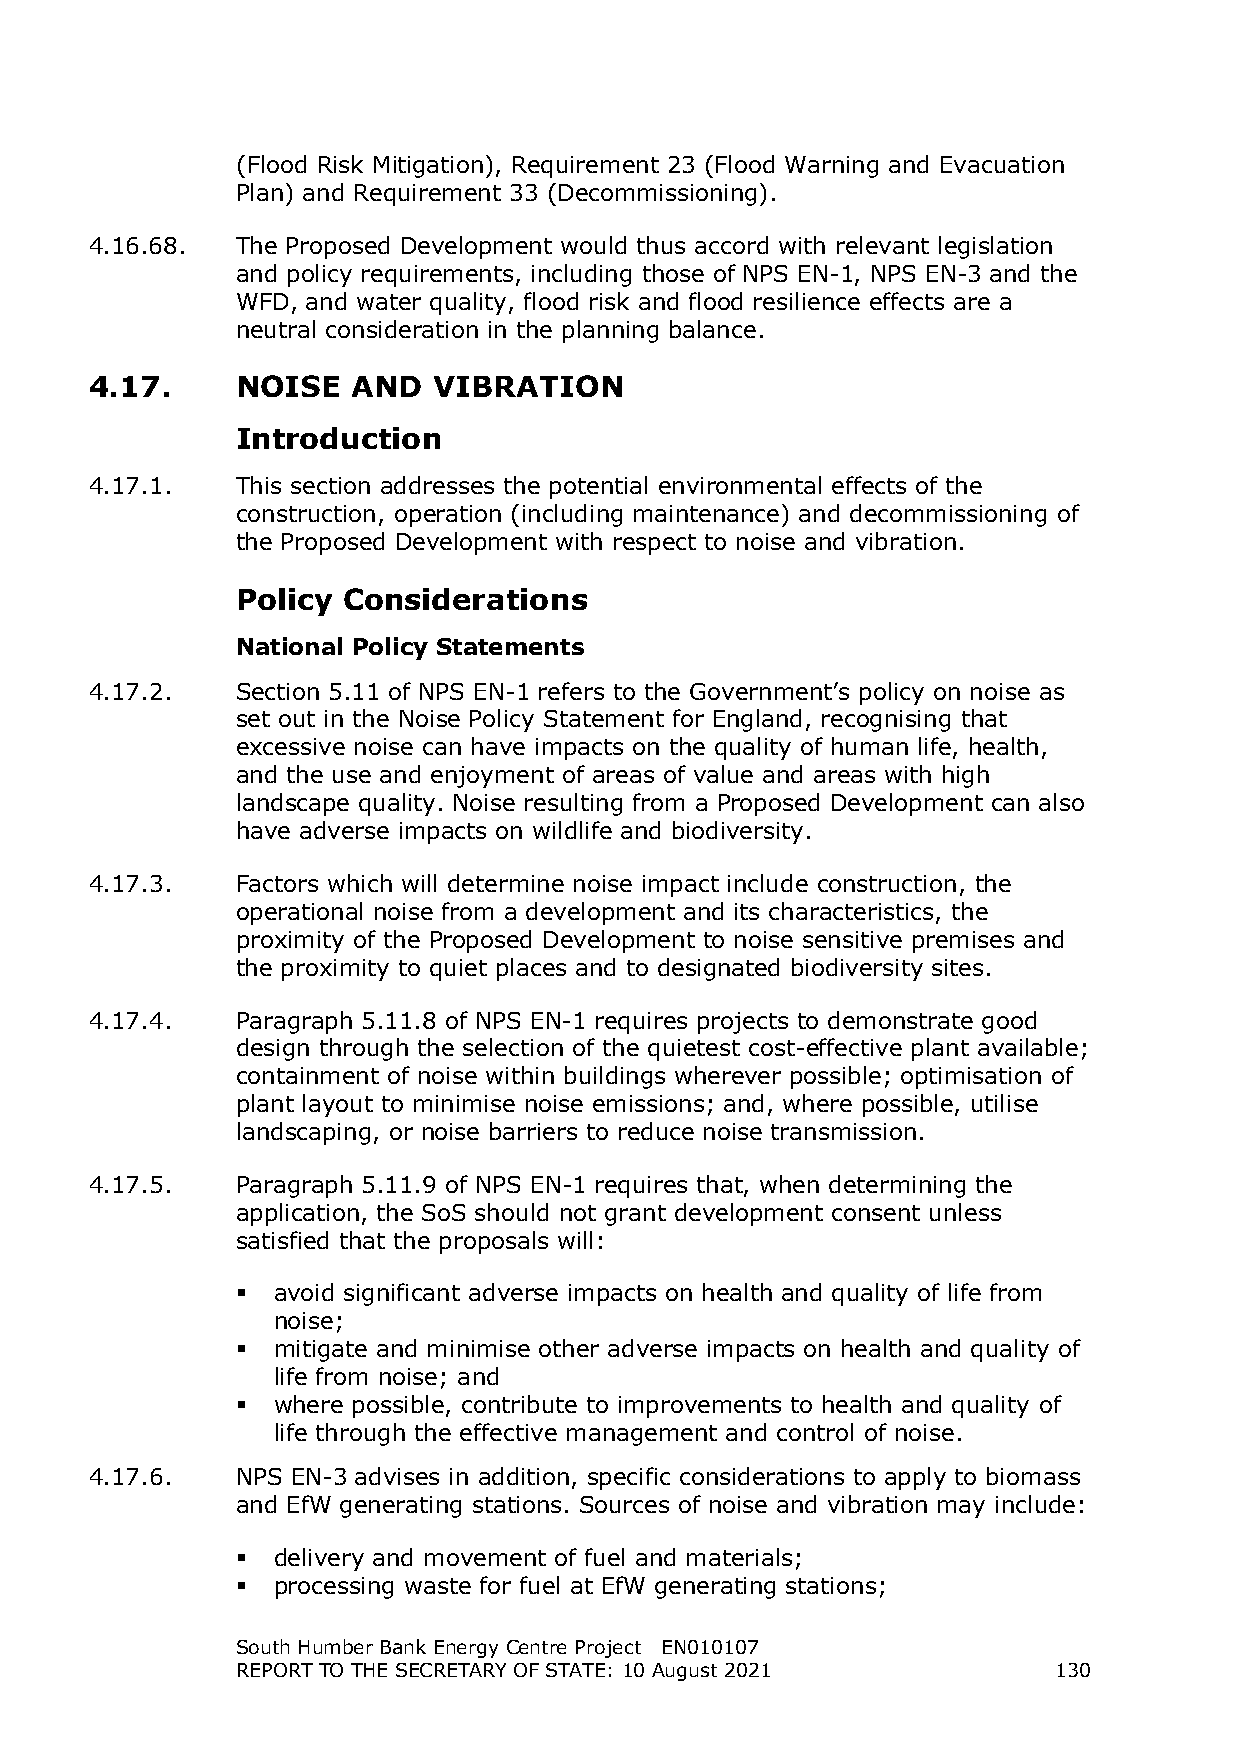
(Flood Risk Mitigation), Requirement 23 (Flood Warning and Evacuation
 Plan) and Requirement 33 (Decommissioning).
 4.16.68.  The Proposed Development would thus accord with relevant legislation
 and policy requirements, including those of NPS EN-1, NPS EN-3 and the
 WFD, and water quality, flood risk and flood resilience effects are a
 neutral consideration in the planning balance.
 4.17.     NOISE  AND   VIBRATION
 Introduction
 4.17.1.   This section addresses the potential environmental effects of the
 construction, operation (including maintenance) and decommissioning of
 the Proposed Development with respect to noise and vibration.
 Policy Considerations
 National Policy Statements
 4.17.2.   Section 5.11 of NPS EN-1 refers to the Government’s policy on noise as
 set out in the Noise Policy Statement for England, recognising that
 excessive noise can have impacts on the quality of human life, health,
 and the use and enjoyment of areas of value and areas with high
 landscape quality. Noise resulting from a Proposed Development can also
 have adverse impacts on wildlife and biodiversity.
 4.17.3.   Factors which will determine noise impact include construction, the
 operational noise from a development and its characteristics, the
 proximity of the Proposed Development to noise sensitive premises and
 the proximity to quiet places and to designated biodiversity sites.
 4.17.4.   Paragraph 5.11.8 of NPS EN-1 requires projects to demonstrate good
 design through the selection of the quietest cost-effective plant available;
 containment of noise within buildings wherever possible; optimisation of
 plant layout to minimise noise emissions; and, where possible, utilise
 landscaping, or noise barriers to reduce noise transmission.
 4.17.5.   Paragraph 5.11.9 of NPS EN-1 requires that, when determining the
 application, the SoS should not grant development consent unless
 satisfied that the proposals will:
  avoid significant adverse impacts on health and quality of life from
 noise;
  mitigate and minimise other adverse impacts on health and quality of
 life from noise; and
  where possible, contribute to improvements to health and quality of
 life through the effective management and control of noise.
 4.17.6.   NPS EN-3 advises in addition, specific considerations to apply to biomass
 and EfW generating stations. Sources of noise and vibration may include:
  delivery and movement of fuel and materials;
  processing waste for fuel at EfW generating stations;
 South Humber Bank Energy Centre Project EN010107
 REPORT TO THE SECRETARY OF STATE: 10 August 2021      130